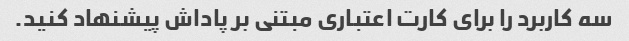
سه کاربرد را برای کارت اعتباری مبتنی بر پاداش پیشنهاد کنید.